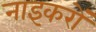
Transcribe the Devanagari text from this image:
नाइकरों